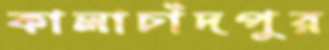
কালাচাঁদপুর